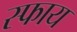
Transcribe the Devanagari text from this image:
स्फाय